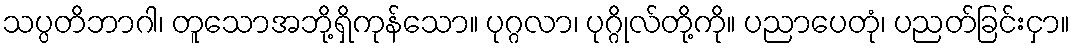
သပ္ပတိဘာဂါ၊ တူသောအဘို့ရှိကုန်သော။ ပုဂ္ဂလာ၊ ပုဂ္ဂိုလ်တို့ကို။ ပညာပေတုံ၊ ပညတ်ခြင်းငှာ။